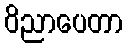
ဝိညာပေတာ